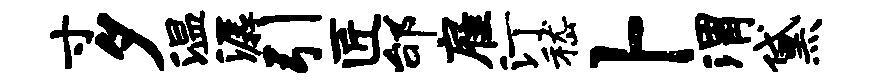
寸夕温潺引匠邰雇汀嵇卜渭黛